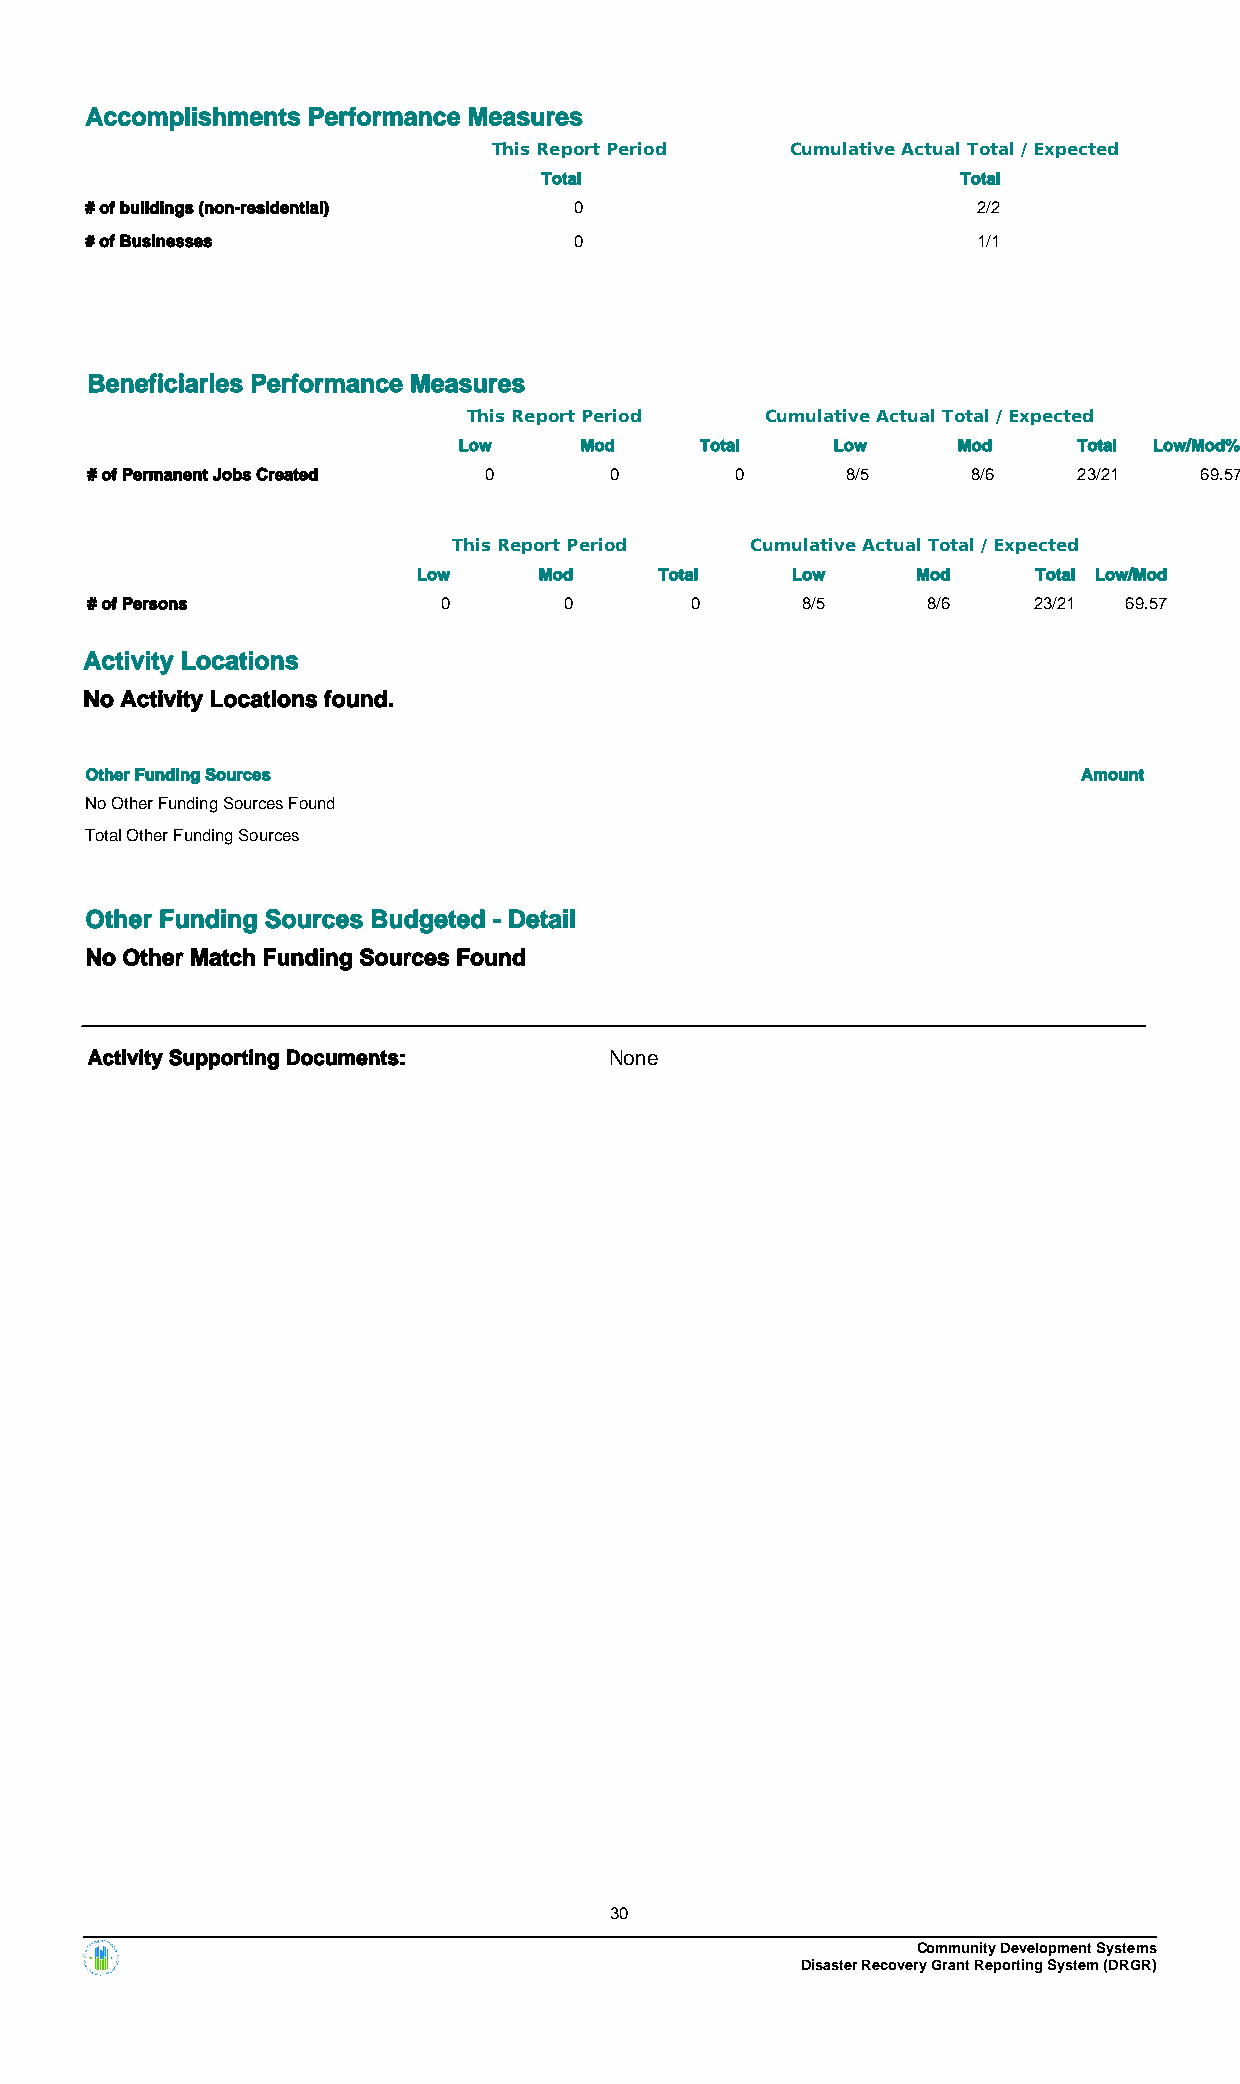
Accomplishments Performance Measures
 This Report Period Cumulative Actual Total / Expected
 Total                       Total
 # of buildings (non-residential) 0                         2/2
 # of Businesses                 0                          1/1
 Beneficiaries Performance Measures
 This Report Period  Cumulative Actual Total / Expected
 Low     Mod     Total    Low     Mod     Total Low/Mod%
 # of Permanent Jobs Created 0     0        0      8/5     8/6    23/21   69.57
 This Report Period  Cumulative Actual Total / Expected
 Low     Mod     Total   Low      Mod     Total Low/Mod
 # of Persons           0       0        0      8/5     8/6    23/21 69.57
 Activity Locations
 No Activity Locations found.
 Other Funding Sources                                             Amount
 No Other Funding Sources Found
 Total Other Funding Sources
 Other Funding Sources Budgeted - Detail
 No Other Match Funding Sources Found
 Activity Supporting Documents:    None
 30
 Community Development Systems
 Disaster Recovery Grant Reporting System (DRGR)